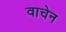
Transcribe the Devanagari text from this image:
वाचेन